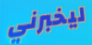
ليخبرني